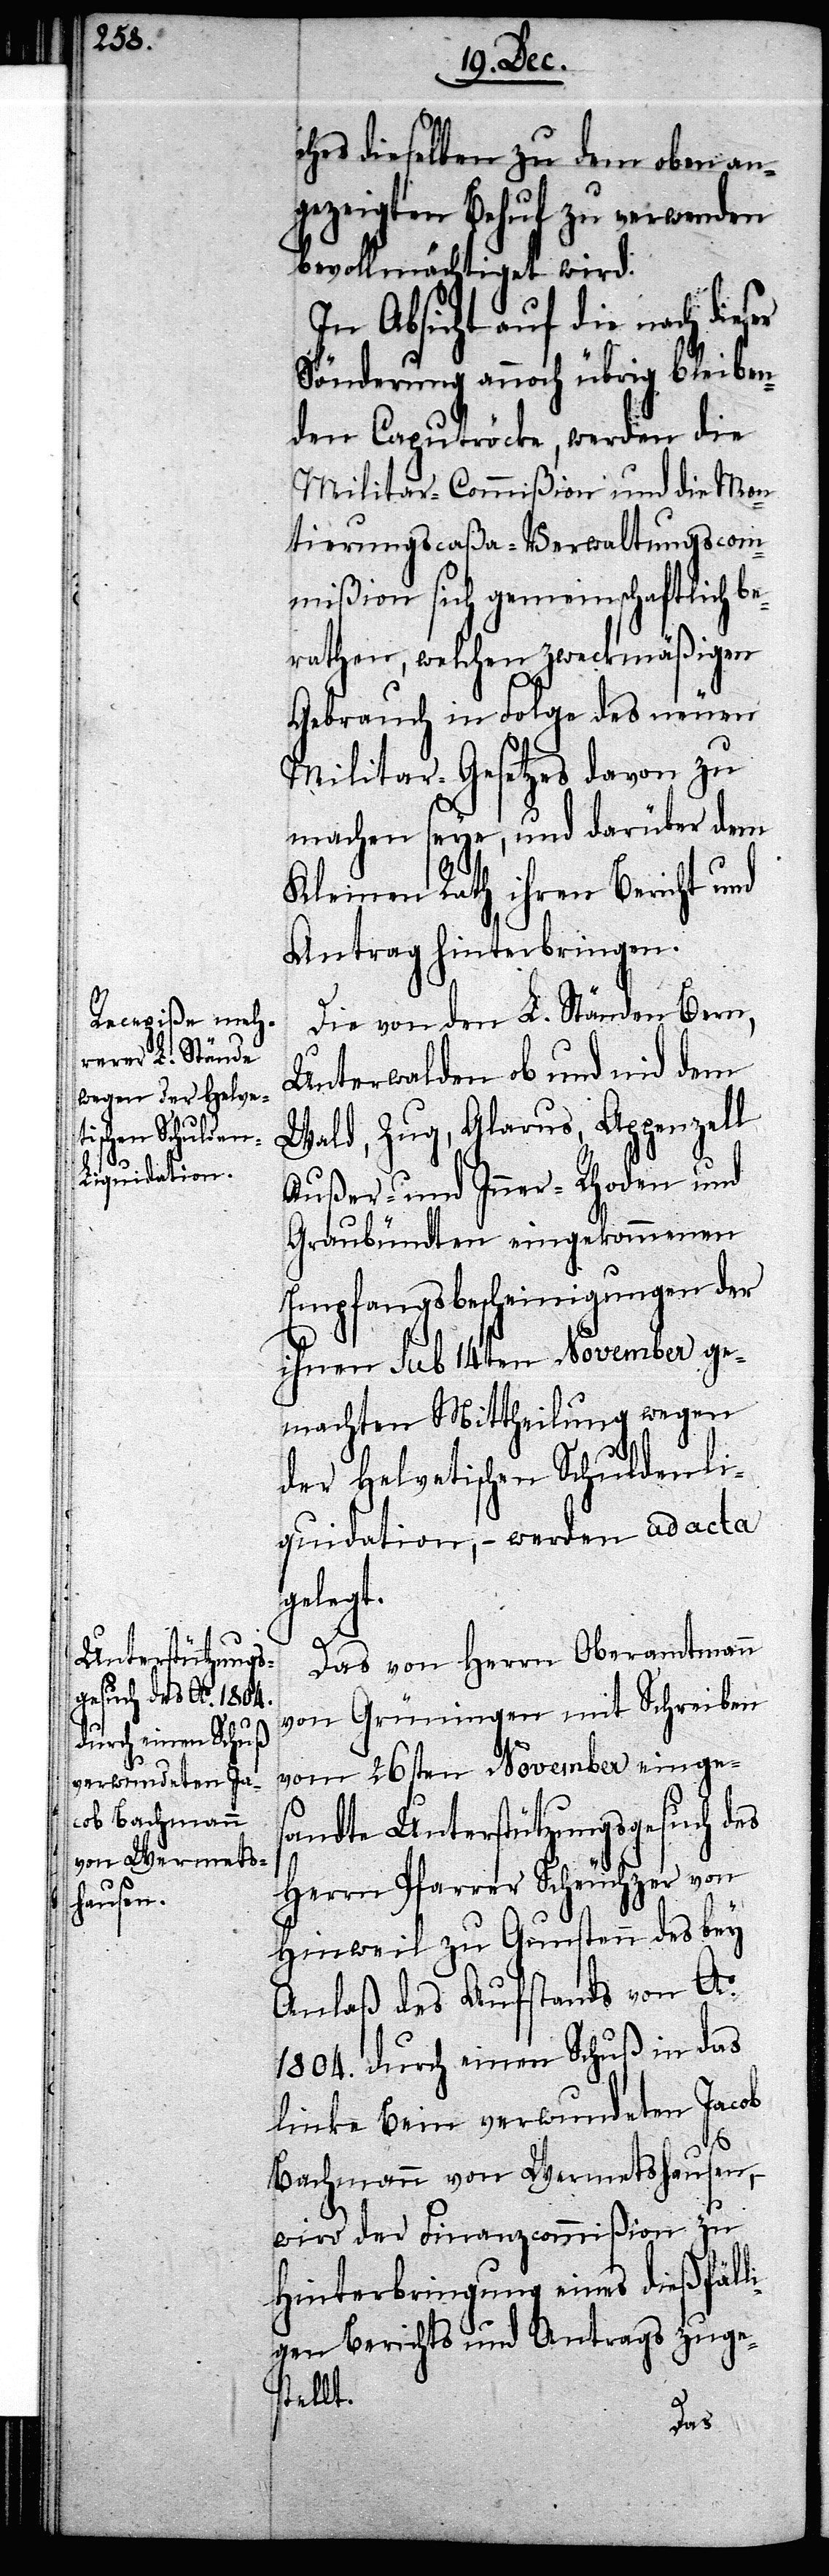
ches dieselben zu dem oben an¬
gezeigten Behuf zu verwenden
bevollmächtiget wird.
In Absicht auf die nach dies¬
Sönderung annoch übrig bleiben¬
den Caputröcke, werden die
Militar-Capitulation und die Mon¬
tierungscaßa-Verwaltungscom¬
mißion sich gemeinschaftlich b¬
erathen, welchen zweckmäßigen
Gebrauch in Folge des neuen
Militar-Gesetzes davon zu
machen seye, und darüber dem
Kleinen Rath ihren Bericht und
Antrag hinterbringen.
Die von den L. Ständen Bern,
Unterwalden ob und nid dem
Wald, Zug, Glarus, Appenzell
Außer- und Inner-Rhoden und
Graubündten eingekommenen
Empfangsbescheinigungen der
ihnen sub 14ten November ge¬
machten Mittheilung wegen
der Helvetischen Schulden-Li¬
quidation, – werden ad acta
gelegt.
Das von Herrn Oberamtmann
von Grüningen mit Schreiben
vom 26sten November einges¬
andte Unterstützungsgesuch des
Herrn Pfarrer Scheuchzer von
Hinweil zu Gunsten des bey
Anlaß des Aufstands von Ao.
1804. durch einen Schuß in das
linke Bein verwundeten Jacob
er
Bachmann von Wermetshausen,
wird der Finanzcommißion zu
Hinterbringung eines dießfäll¬
igen Berichts und Antrags zuge¬
stellt.